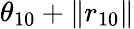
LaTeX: \theta_{10}+\| r_{10}\|